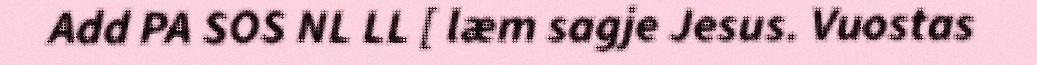
Add PA SOS NL LL [ læm sagje Jesus. Vuostas